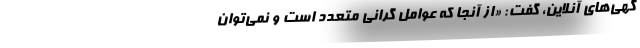
گهی‌های آنلاین، گفت: «از آنجا که عوامل گرانی متعدد است و نمی‌توان